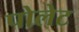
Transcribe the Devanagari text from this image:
पोलेट